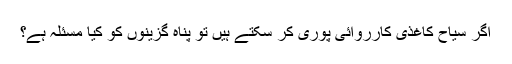
اگر سیاح کاغذی کارروائی پوری کر سکتے ہیں تو پناہ گزینوں کو کیا مسئلہ ہے؟